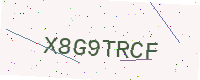
Text: X8G9TRCF